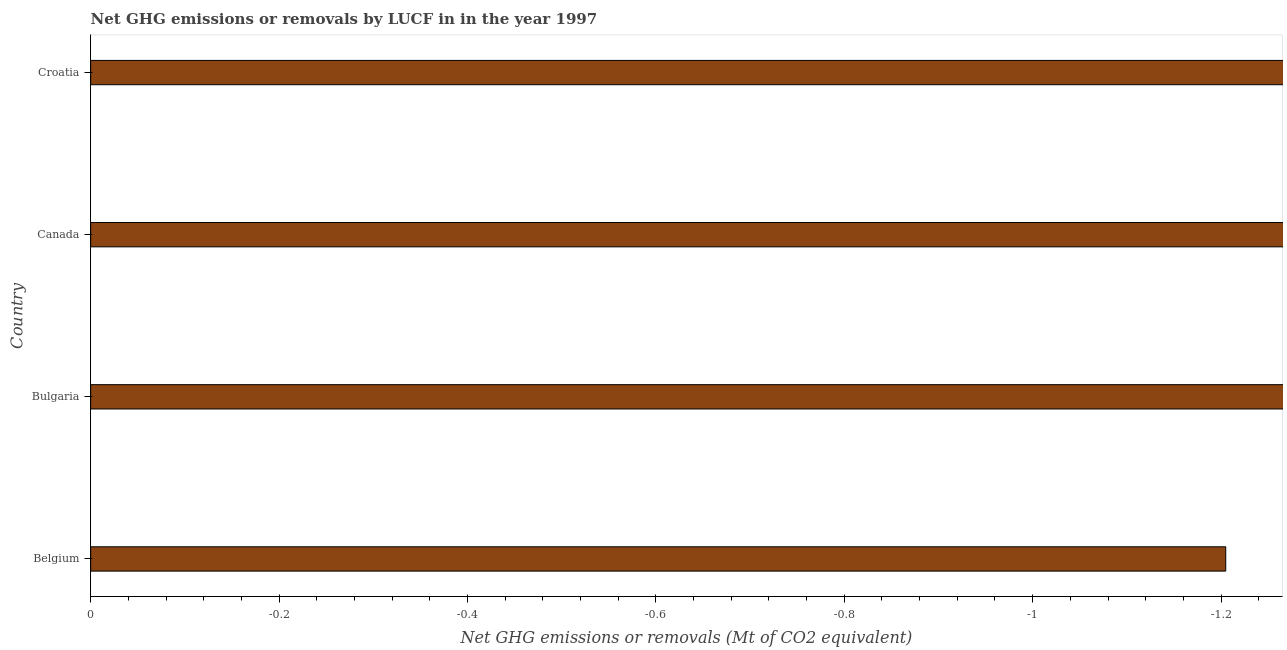
| Country | GHG net emissions or removals |
 | --- | --- |
 | Belgium | -1.2 |
 | Bulgaria | -11.9 |
 | Canada | -71.7 |
 | Croatia | -6.68 |